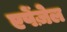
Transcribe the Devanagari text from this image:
एपेंज़ेल